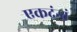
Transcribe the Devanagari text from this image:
एकदंन्तं